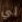
لي